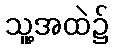
သူ့အထဲ၌